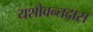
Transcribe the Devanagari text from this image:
यशोवन्तदास